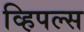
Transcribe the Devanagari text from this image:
व्हिपल्स